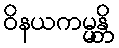
ဝိနယကမ္မန္တိ